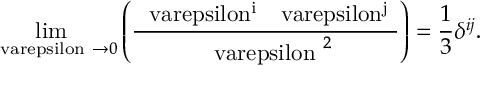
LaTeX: \operatorname * { l i m } _ { { \mathrm { \boldmath ~ \ v a r e p s i l o n ~ } } \to 0 } \left( \frac { \mathrm { { \boldmath ~ \ v a r e p s i l o n ^ { i } ~ } } \mathrm { { \boldmath ~ \ v a r e p s i l o n ^ { j } ~ } } } { { \mathrm { \boldmath ~ \ v a r e p s i l o n ~ } } ^ { 2 } } \right) = \frac { 1 } { 3 } \delta ^ { i j } .